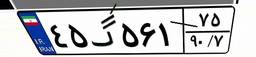
۴۵گ۵۶۱۷۵